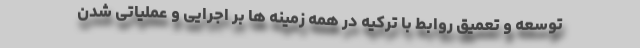
توسعه و تعمیق روابط با ترکیه در همه زمینه ها بر اجرایی و عملیاتی شدن